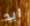
ابد